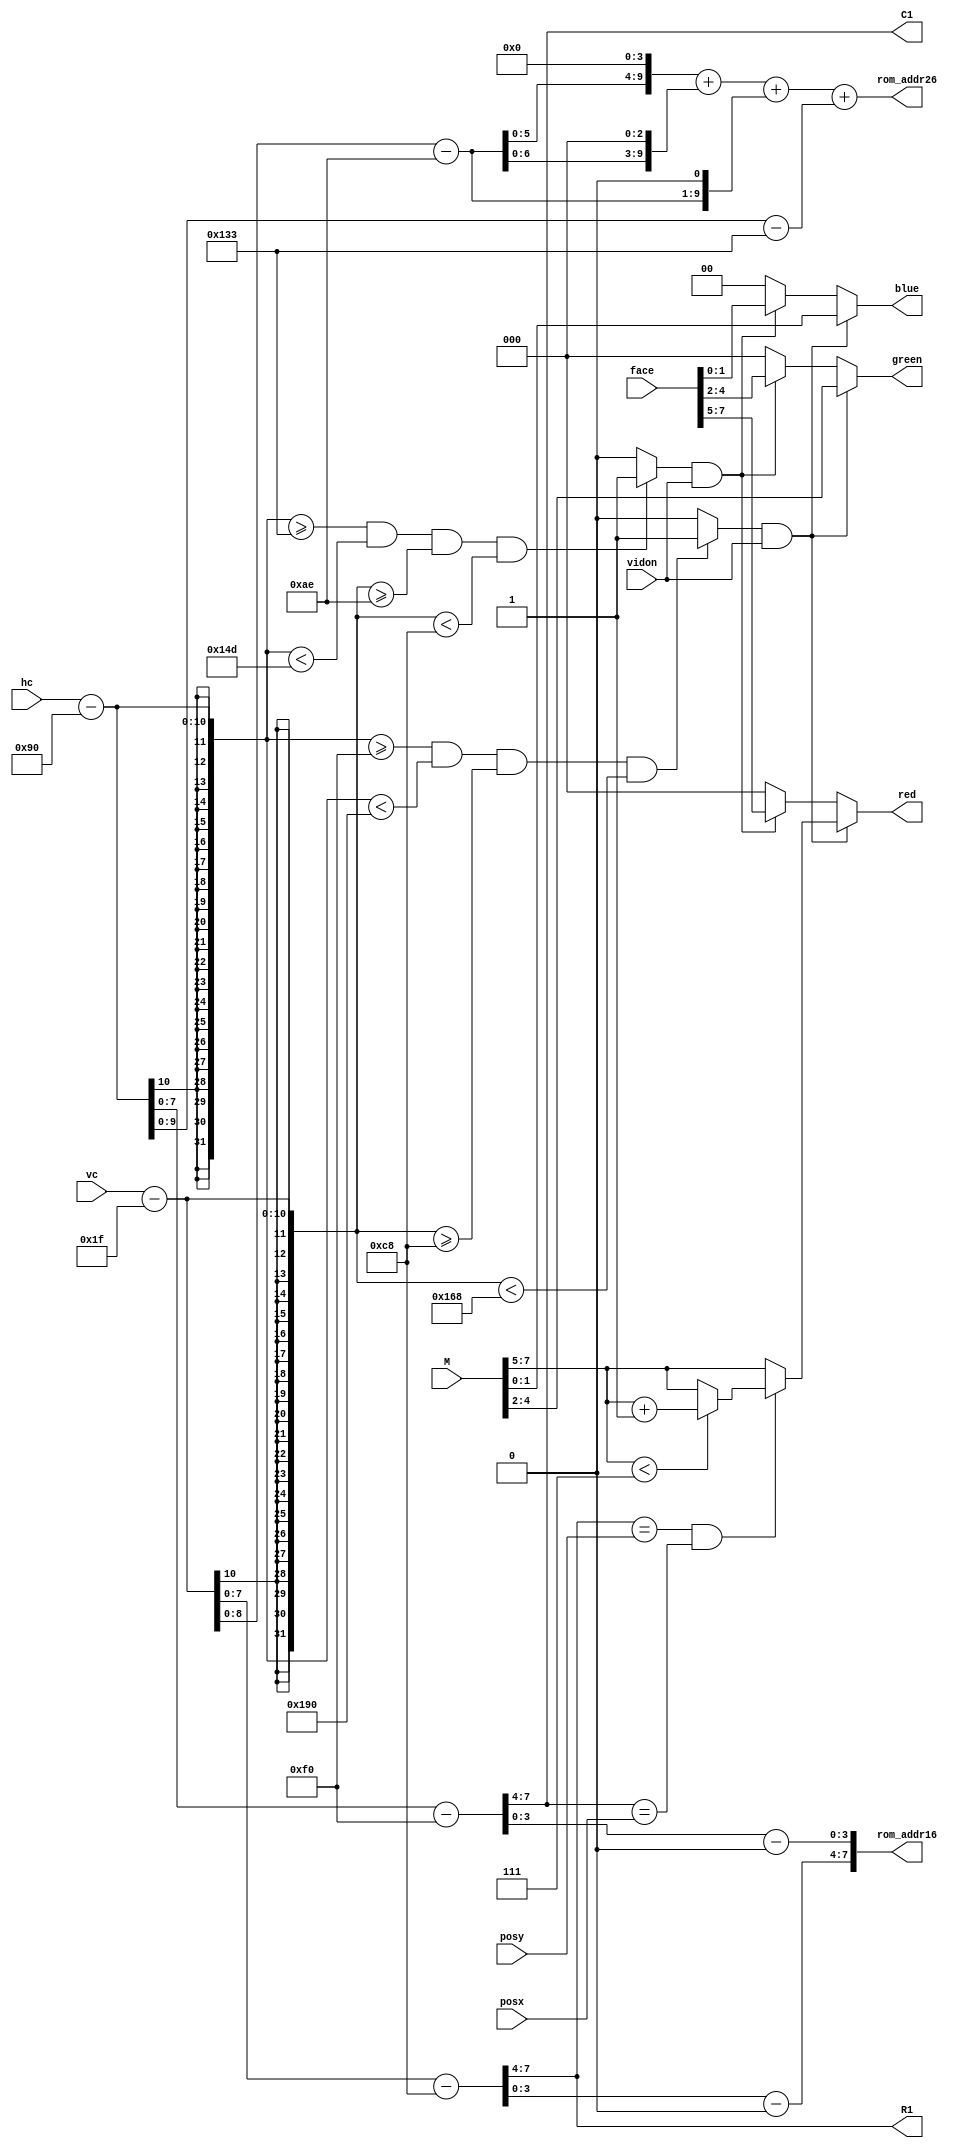
module vga_bsprite(
	input wire vidon,
	input wire [9:0]hc,
	input wire [9:0]vc,
	input wire [7:0]M,
	//input wire [3:0]mine_state_single,
	input wire [3:0]posx,
	input wire [3:0]posy,
	//input wire [2:0]state,	
	input wire [7:0]face,
	output wire [9:0]rom_addr26,
	output wire [7:0]rom_addr16,
	output reg[2:0]red,
	output reg[2:0]green,
	output reg[1:0]blue,
	output wire [3:0]C1,
	output wire [3:0]R1
    );
	 
	parameter hbp=10'b0010010000;
	parameter vbp=10'b0000011111;
	parameter W=16;
	parameter H=16;
	
	wire [3:0]xpix,ypix;
	reg spriteon;//,R,G,B;
	wire [9:0]fx,fy;
	reg faceon;
	wire [19:0]addrface;
	
	assign C1=(hc-hbp-240)>>4;
	assign R1=(vc-vbp-200)>>4;
	assign ypix=vc-vbp-200-(R1<<4);
	assign xpix=hc-hbp-240-(C1<<4);
	assign rom_addr16={ypix,xpix};
	assign fx=hc-hbp-307;
	assign fy=vc-vbp-174;
	assign addrface={1'b0,fy,4'b0000}+{2'b0,fy,3'b000}+{4'b0000,fy,1'b0}+{5'b00000,fx};
	assign rom_addr26=addrface[9:0];//fy*26+fx;//{1'b0,fy,4'b0000}+{2'b0,fy,3'b000}+{4'b0000,fy,1'b0}+fx;
	
	always@(*)
		begin
			if (hc-hbp>=240 && hc-hbp<400 && vc-vbp>=200 && vc-vbp<360)//&&(hc>=C1<<4+hbp)&&(hc<C1<<4+hbp+W)&&(vc>=R1<<4+vbp)&&(vc<R1<<4+vbp+H))
				spriteon=1;
			else
				spriteon=0;
		end
		
	always@(*)
	begin
		if(hc-hbp>=307 && hc-hbp<333 && vc-vbp>=174 && vc-vbp<200)
			faceon=1;
		else
			faceon=0;
	end
		
	always@(*)
	begin
	red=0;
	green=0;
	blue=0;
	if((spriteon==1)&&(vidon==1))
		begin
			red=M[7:5];
			green=M[4:2];
			blue=M[1:0];
			
			if(R1==posy && C1==posx)
			begin
				red=(red<7)?red+1:red;
				//green=(green<7)?green+1:green;
				//blue=(blue<4)?blue+1:blue;
			end
		end
	else if( (faceon==1) && (vidon==1) )
	begin
		red=face[7:5];
		green=face[4:2];
		blue=face[1:0];
	end
end
endmodule